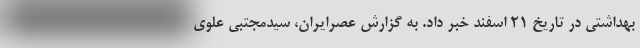
بهداشتی در تاریخ 21 اسفند خبر داد. به گزارش عصرایران، سیدمجتبی علوی